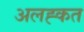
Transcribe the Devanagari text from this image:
अलह्कत